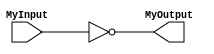
module ModuleInverter(
MyInput,
MyOutput
);

input MyInput;
output MyOutput;

assign MyOutput = ~ MyInput;

endmodule